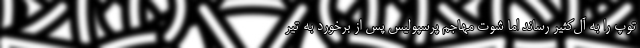
توپ را به آل‌کثیر رساند اما شوت مهاجم پرسپولیس پس از برخورد به تیر